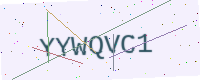
Text: YYWQVC1